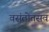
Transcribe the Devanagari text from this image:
वसंतोतसव